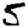
Digit: 5